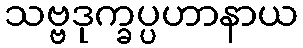
သဗ္ဗဒုက္ခပ္ပဟာနာယ